Lunatic asylums Bombay report 1891-1903 - 1891-1903
Year: 1891
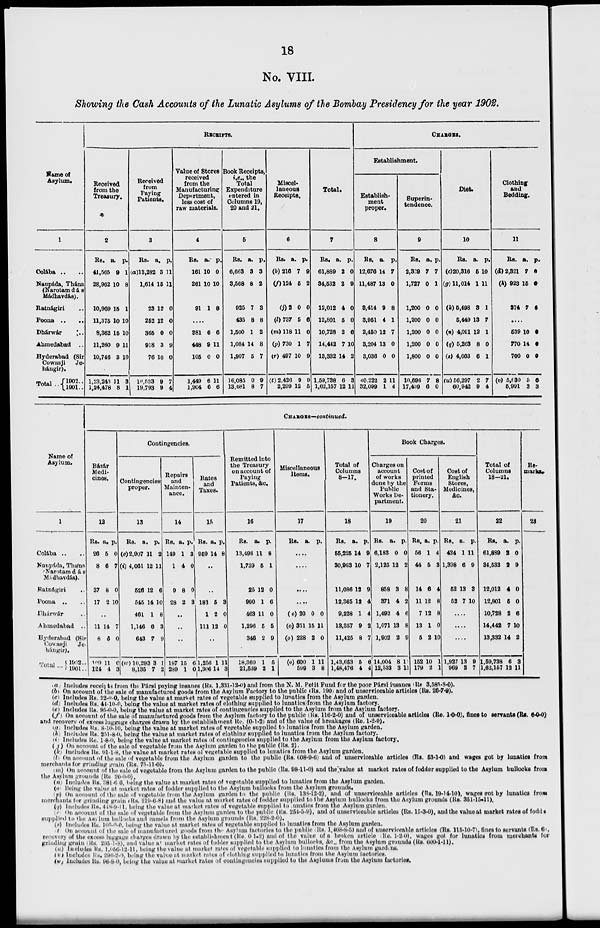
18
No. VIII.
Showing the Cash Accounts of the Lunatic Asylums of the Bombay Presidency for the year 1902.
Name of
Asylum.
1
Colába .. ..
Naupáda, Thána
(Narotamdás
Madhavdás).
Ratnágiri
Poona ..
Dhárwár .. ..
Ahmedabad ..
Hyderabad (Sir
Cowasji
Je-
hángir).
Total .. 1902 ..
1901 ..
RECEIPTS.
Received
from the
Treasury.
2
Rs.
41,565
28,962
10,969
11,375
8,362
11,260
10,746
1,23,243
1.24,478
a.
9
10
15
10
15
9
3
11
8
p.
1
8
1
10
10
11
10
3
1
Received
from
Paying
Patients.
3
Rs.
(a)13,282
1,614
23
252
365
918
76
16,533
19,793
a.
3
15
12
12
0
3
10
9
9
p.
11
11
0
0
0
9
0
7
4
Value of Stores
received
from the
Manufacturing
Department,
less cost of
raw materials.
4
Rs.
161
261
91
a.
10
10
1
p.
0
10
8
....
381
448
105
1,449
1,904
6
9
0
6
6
6
11
0
11
6
Book Receipts,
i.e., the
Total
Expenditure
entered in
Columns 19,
20 and 21.
5
Rs.
6,663
3,568
925
435
1,500
1,084
1,907
16,085
13,681
a.
3
8
7
8
1
14
5
0
8
p.
3
2
3
8
2
8
7
9
7
Miscel-
laneous
Receipts.
6
Rs.
(b) 216
(f) 124
(j)2
(l) 737
(m) 118
(p)730
(r) 497
(t) 2,426
2,299
a.
7
5
0
5
11
1
10
9
12
p
9
2
0
6
0
7
9
9
5
Total.
7
Rs.
61,889
34,532
12,012
12,801
10,728
14,442
13,332
1,59,738
1,62,157
a.
2
2
4
5
2
7
14
6
12
p.
0
9
0
0
6
10
2
3
11
CHARGES.
Establishment.
Establish-
ment
proper.
8
Rs.
12,676
11,487
3,414
3,951
2,450
3,204
3,036
40.222
32,099
a.
14
13
9
4
12
13
0
2
1
p.
7
0
8
1
7
0
0
11
4
Superin-
tendence.
9
Rs.
2,339
1,727
1,200
1,200
1,200
1,200
1,800
10,696
17,439
a.
7
0
0
0
0
0
0
7
6
p.
7
1
0
0
0
0
0
8
0
Diet
10
Rs.
(c)20,316
(g) 11,014
(k) 5,498
5,449
(n) 4,091
(q) 5,263
(s) 4,663
(u) 56,297
60,942
a.
5
1
3
13
12
8
6
2
9
p.
10
11
1
7
1
0
1
7
4
Clothing
and
Bedding.
11
Rs.
(d) 2,321
(h) 923
374
a.
7
15
7
p.
0
0
6
....
539
770
700
(v) 5,630
5,991
10
14
0
5
3
0
0
0
6
3
Name of
Asylum.
1
Colába .. ..
Naupáda, Thána
Narotamdás
Mádhavdás).
Ratnágiri ..
Poona .. ..
Dhárwár ..
Ahmedabad ..
Hyderabad (Sir
Cowasji
Je-
hángir).
Total ... 1902 ..
1901 ..
CHARGES—continued.
Bázár
Medi-
cines.
12
Rs.
26
8
37
17
a.
5
6
8
2
p.
0
7
0
10
.,
11
8
109
124
14
6
11
4
7
0
0
3
Contingencies.
Contingencies
proper.
13
Rs.
(e) 2,907
(i) 4,061
526
545
461
1,146
643
(w) 10,293
8,135
a.
11
12
12
14
1
6
7
3
7
p.
2
11
6
10
8
3
9
1
2
Repairs
and
Mainten-
ance.
14
Rs.
149
1
9
28
a.
1
4
8
2
p.
3
0
0
3
..
..
..
187
289
15
1
6
0
Rates
and
Taxes.
15
Rs.
959
a.
14
p.
8
..
..
183
1
111
5
2
12
3
0
0
..
1,256
1,306
1
14
11
3
Remitted into
the Treasury
on account of
Paying
Patients, &c.
16
Rs.
13,493
1,739
25
990
463
1,296
346
18,360
21,539
a.
11
5
12
1
11
5
2
1
2
p.
8
1
0
6
0
5
9
5
1
Miscellaneous
Items.
17
Rs. a. p.
....
....
....
....
(o)20
(o) 331
(o) 228
(o)600
599
0
15
2
1
3
0
11
0
11
8
Total of
Columns
8—17.
18
Rs.
55,225
30,963
11,086
12,365
9,228
13,357
11,425
1,43,653
1,48,476
a.
14
10
12
12
1
9
8
5
4
p.
9
7
9
4
4
2
7
6
4
Book Charges.
Charges on
account
of works
done by the
Public
Works De-
partment.
19
Rs.
6,183
2,125
858
371
1,492
1,071
1,902
14,004
12,533
a.
0
12
3
4
4
13
2
8
3
p.
0
2
8
2
6
8
9
1
11
Cost Of
printed
Forms
and Sta-
tionery.
20
Rs.
56
44
14
11
7
13
5
152
179
a.
1
5
6
12
12
1
2
10
2
p.
4
3
4
8
8
0
10
1
1
Cost of
English
Stores,
Medicines,
&c.
21
Rs.
424
1,398
52
52
a.
1
6
13
7
p.
11
9
3
10
....
....
....
1,927
969
13
2
9
7
Total of
Columns
18—21.
22
Rs.
61,889
34,532
12,012
12,801
10,728
14,442
13,332
1,59,738
1,62,157
a.
2
2
4
5
2
7
14
6
12
p.
0
9
0
0
6
10
2
3
11
Re-
marks.
23
(a) Includes receipts from the Pársi paying insanes (Rs. 1,331-12-0) and from the N. M. Petit Fund for the poor Pársi insanes (Rs 3,585-8-0).
(b) On account of the sale of manufactured goods from the Asylum Factory to the public (Rs. 190) and of unserviceable articles (Rs. 26-7-9).
(c) Includes Rs. 22-0-0, being the value at market rates of vegetable supplied to lunatics from the Asylum garden.
(d) Includes RS. 41-10-0, being the value at market rates of clothing supplied to lunatics from the Asylum factory.
(e) Includes Rs. 95-0-0, being the value at market rates of contingencies supplied to the Asylum from the Asylum factory.
(f) On account of the sale of manufactured goods from the Asylum factory to the public (Rs. 116-2-0) and of unserviceable articles (Re. 1-0-0), fines to servants (Rs. 6-0-0)
and recovery of excess luggage charges drawn by the establishment Re. (0-1-2) and of the value of breakages (Re. 1-2-0).
(g) Includes Rs. 8-10-10, being the value at market rates of vegetable supplied to lunatics from the Asylum garden.
(h) Includes Rs. 251-8-0, being the value at market rates of clothing supplied to lunatics from the Asylum factory.
(i) Includes Re. 1-8-0, being the value at market rates of contingencies supplied to the Asylum from the Asylum factory.
( j) On account of the sale of vegetable from the Asylum garden to the public (Rs. 2).
(k) Includes Rs. 91-1-8, the value at market rates of vegetable supplied to lunatics from the Asylum garden.
(l) On account of the sale of vegetable from the Asylum garden to the public (Rs. 608-9-6) and of unserviceable articles (Rs. 53-1-0) and wages got by lunatics from
merchants for grinding grain (Rs. 75-11-0).
(m) On account of the sale of vegetable from the Asylum garden to the public (Rs. 98-11-0) and the value at market rates of fodder supplied to the Asylum bullocks from
the Asylum grounds (Rs 20-0-0).
(n) Includes Rs. 381-6-6, being the value at market rates of vegetable supplied to lunatics from the Asylum garden.
(o) Being the value at market rates of fodder supplied to the Asylum bullocks from the Asylum grounds.
(p) On account of the sale of vegetable from the Asylum garden to the public (Rs. 138-12-2), and of unserviceable articles (Rs. 19-14-10), wages got by lunatics from
merchants for grinding grain (Rs. 219-6-8) and the value at market rates of fodder supplied to the Asylum bullocks from the Apylum grounds (Rs. 351-15-11).
(q) Includes Rs. 448-9-11, being the value at market rates of vegetable supplied to lumtics from the Asylum garden.
(r)On account of the sale of vegetable from the Asylum garden to the public (Rs. 254-5-9), and of unserviceable articles (Rs. 15-3-0), and the value at market rates of fodder
supplied to the Aslum bullocks and camels from the Asylum grounds (Rs. 228-2-0).
(s) Includes Rs. 105-0-0, being the value at market rates of vegetable supplied to lunatics from the Asylum garden.
(t) On account of the sale of manufactured goods from the Asylum factories to the public (Rs. 1,408-8-5) and of unserviceable articles (Rs. 115-10-7), fines to servants (Rs. 6),
recovery of the excess luggage charges drawn by the establishment (Re. 0-1-2) and of the value of a broken article (Re. 1-2-0), wages got for lunatics from merchants for
grinding grain (Rs. 295-1-8), and value at market rates of fodder supplied to the Asylum bullocks, &c., from the Asylum grounds (Rs. 600-1-11).
(u) Includes Rs. l,056-12-11, being the value at market rates of vegetable supplied to lunatics from the Asylum gardens.
(v) Includes Rs.296-2-0, being the value at market rates of clothing supplied to lunatics from the Asylum factories.
(w) Includes Rs. 96-8-0, being the value at Market rates of contingencies supplied to the Asylums from the Asylum factories.